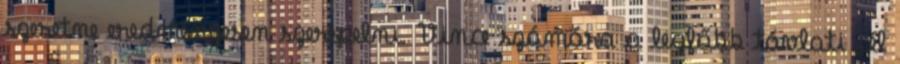
szeretne eredményesen szerepelni. Vince számára a legfőbb távlati cél